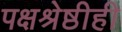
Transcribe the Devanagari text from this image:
पक्षश्रेष्ठीही